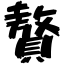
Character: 贅